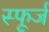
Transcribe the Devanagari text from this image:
स्फूर्ज